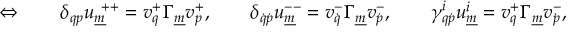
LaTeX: \Leftrightarrow \qquad \delta _ { q p } u _ { \underline { { { m } } } } ^ { ~ + + } = v _ { q } ^ { + } \Gamma _ { \underline { { { m } } } } v _ { p } ^ { + } , \qquad \delta _ { \dot { q } \dot { p } } u _ { \underline { { { m } } } } ^ { -- } = v _ { \dot { q } } ^ { - } \Gamma _ { \underline { { { m } } } } v _ { \dot { p } } ^ { - } , \qquad \gamma _ { q \dot { p } } ^ { i } u _ { \underline { { { m } } } } ^ { i } = v _ { q } ^ { + } \Gamma _ { \underline { { { m } } } } v _ { \dot { p } } ^ { - } ,